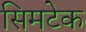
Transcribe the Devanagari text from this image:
सिमटेक